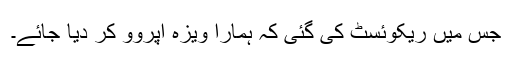
جس میں ریکوئسٹ کی گئی کہ ہمارا ویزہ اپروو کر دیا جائے۔